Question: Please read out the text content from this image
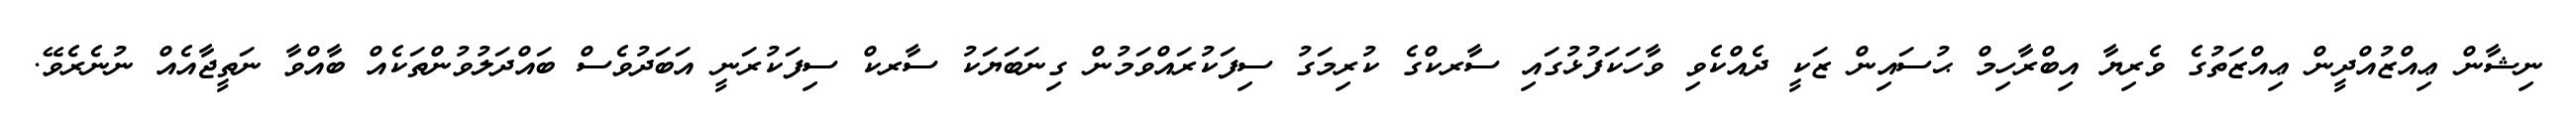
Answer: ނިޝާން ޢިއްޒުއްދީން ޢިއްޒަތުގެ ވެރިޔާ އިބްރާހިމް ޙުސައިން ޒަކީ ދެއްކެވި ވާހަކަފުޅުގައި ސާރކްގެ ކުރިމަގު ސިފަކުރައްވަމުން ގިނަބަޔަކު ސާރކް ސިފަކުރަނީ އަބަދުވެސް ބައްދަލުވުންތަކެއް ބާއްވާ ނަތީޖާއެއް ނުނެރެވޭ.